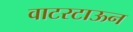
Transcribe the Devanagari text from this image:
वाटरटाऊन